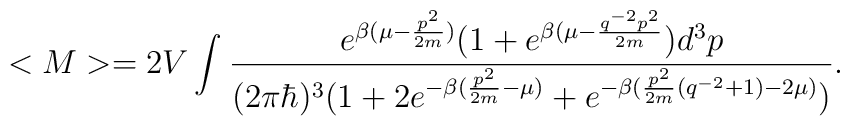
<M>=2V\int_{}^{}\frac{e^{\beta(\mu-\frac{p^{2}}{2m})}(1+e^{\beta(\mu-\frac{q^{-2}p^{2}}{2m}})d^{3}p}{(2\pi\hbar)^{3}(1+2e^{-\beta (\frac{p^{2}}{2m}-\mu)}+e^{-\beta (\frac{p^{2}}{2m}(q^{-2}+1)-2\mu)})}.